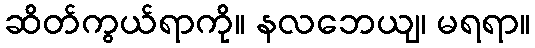
ဆိတ်ကွယ်ရာကို။ နလဘေယျ၊ မရရာ။